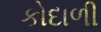
કોદાળી